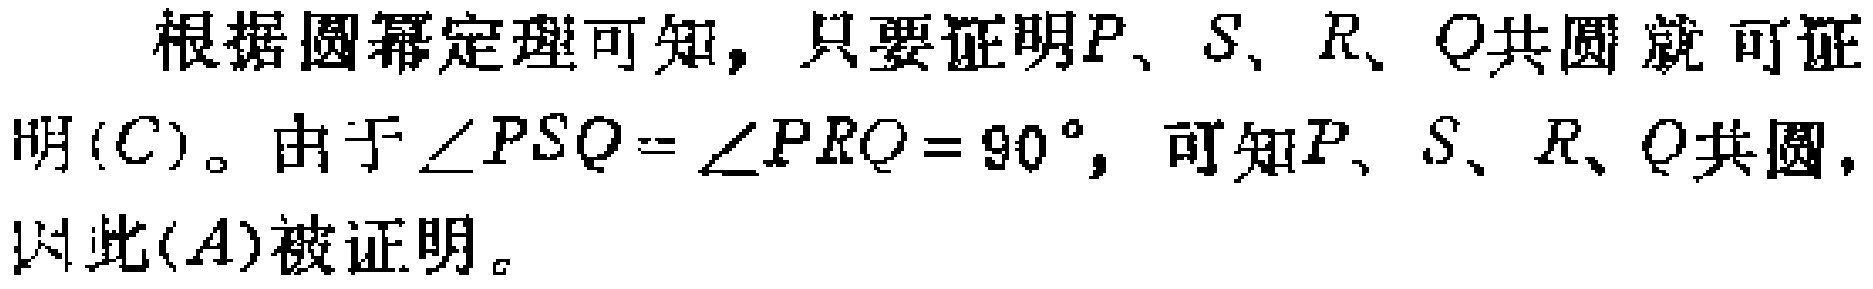
根据圆幂定理可知，只要证明\(P\)、\(S\)、\(R\)、\(Q\)共圆 就可证明\((C)\)。由于\(\angle PSQ = \angle PRQ = 90^{\circ}\)，可知\(P\)、\(S\)、\(R\)、\(Q\)共圆，因此\((A)\)被证明。